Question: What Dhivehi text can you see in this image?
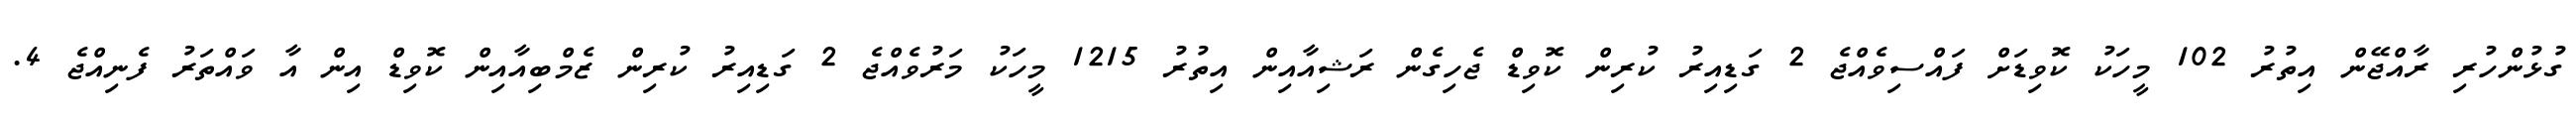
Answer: ގުޅުންހުރި ރާއްޖޭން އިތުރު 102 މީހަކު ކޮވިޑަށް ފައްސިވެއްޖެ 2 ގަޑިއިރު ކުރިން ކޮވިޑް ޖެހިގެން ރަޝިއާއިން އިތުރު 1215 މީހަކު މަރުވެއްޖެ 2 ގަޑިއިރު ކުރިން ޒެމްބިއާއިން ކޮވިޑް އިން އާ ވައްތަރު ފެނިއްޖެ 4.